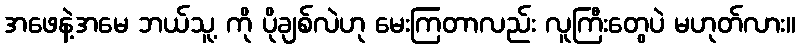
အဖေနဲ့အမေ ဘယ်သူ့ ကို ပိုချစ်လဲဟု မေးကြတာလည်း လူကြီးတွေပဲ မဟုတ်လား။